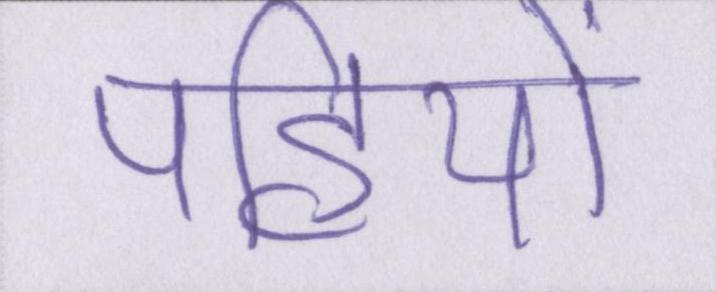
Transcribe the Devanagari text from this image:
पहियों